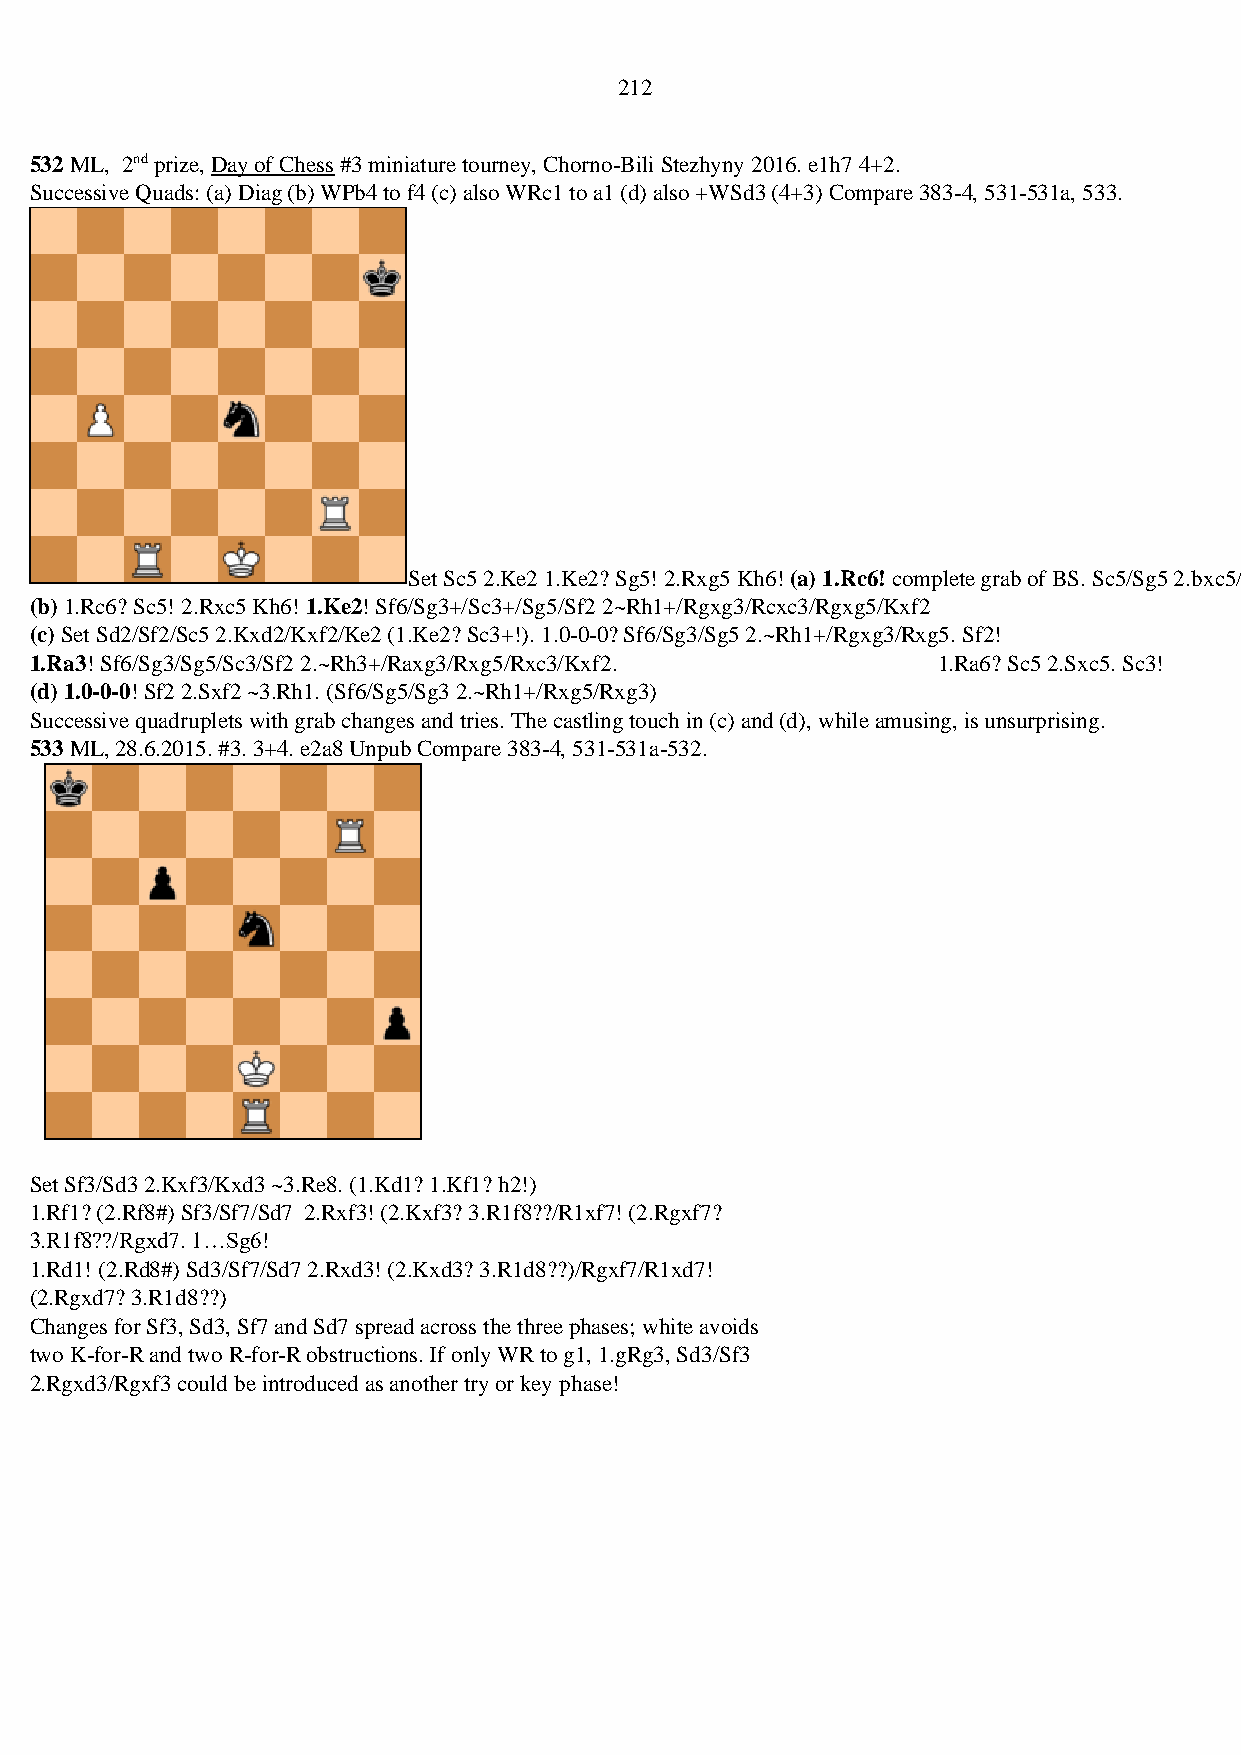
212
 532 ML, 2nd prize, Day of Chess #3 miniature tourney, Chorno-Bili Stezhyny 2016. e1h7 4+2.
 Successive Quads: (a) Diag (b) WPb4 to f4 (c) also WRc1 to a1 (d) also +WSd3 (4+3) Compare 383-4, 531-531a, 533.
 Set Sc5 2.Ke2 1.Ke2? Sg5! 2.Rxg5 Kh6! (a) 1.Rc6! complete grab of BS. Sc5/Sg5 2.bxc5/Rxg5
 (b) 1.Rc6? Sc5! 2.Rxc5 Kh6! 1.Ke2! Sf6/Sg3+/Sc3+/Sg5/Sf2 2~Rh1+/Rgxg3/Rcxc3/Rgxg5/Kxf2
 (c) Set Sd2/Sf2/Sc5 2.Kxd2/Kxf2/Ke2 (1.Ke2? Sc3+!). 1.0-0-0? Sf6/Sg3/Sg5 2.~Rh1+/Rgxg3/Rxg5. Sf2!
 1.Ra3! Sf6/Sg3/Sg5/Sc3/Sf2 2.~Rh3+/Raxg3/Rxg5/Rxc3/Kxf2.    1.Ra6? Sc5 2.Sxc5. Sc3!
 (d) 1.0-0-0! Sf2 2.Sxf2 ~3.Rh1. (Sf6/Sg5/Sg3 2.~Rh1+/Rxg5/Rxg3)
 Successive quadruplets with grab changes and tries. The castling touch in (c) and (d), while amusing, is unsurprising.
 533 ML, 28.6.2015. #3. 3+4. e2a8 Unpub Compare 383-4, 531-531a-532.
 Set Sf3/Sd3 2.Kxf3/Kxd3 ~3.Re8. (1.Kd1? 1.Kf1? h2!)
 1.Rf1? (2.Rf8#) Sf3/Sf7/Sd7 2.Rxf3! (2.Kxf3? 3.R1f8??/R1xf7! (2.Rgxf7?
 3.R1f8??/Rgxd7. 1…Sg6!
 1.Rd1! (2.Rd8#) Sd3/Sf7/Sd7 2.Rxd3! (2.Kxd3? 3.R1d8??)/Rgxf7/R1xd7!
 (2.Rgxd7? 3.R1d8??)
 Changes for Sf3, Sd3, Sf7 and Sd7 spread across the three phases; white avoids
 two K-for-R and two R-for-R obstructions. If only WR to g1, 1.gRg3, Sd3/Sf3
 2.Rgxd3/Rgxf3 could be introduced as another try or key phase!